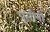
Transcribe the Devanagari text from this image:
पुसीनी